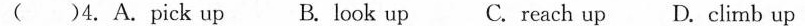
( )4.A.pick up B.look up C.reach up D.climb up